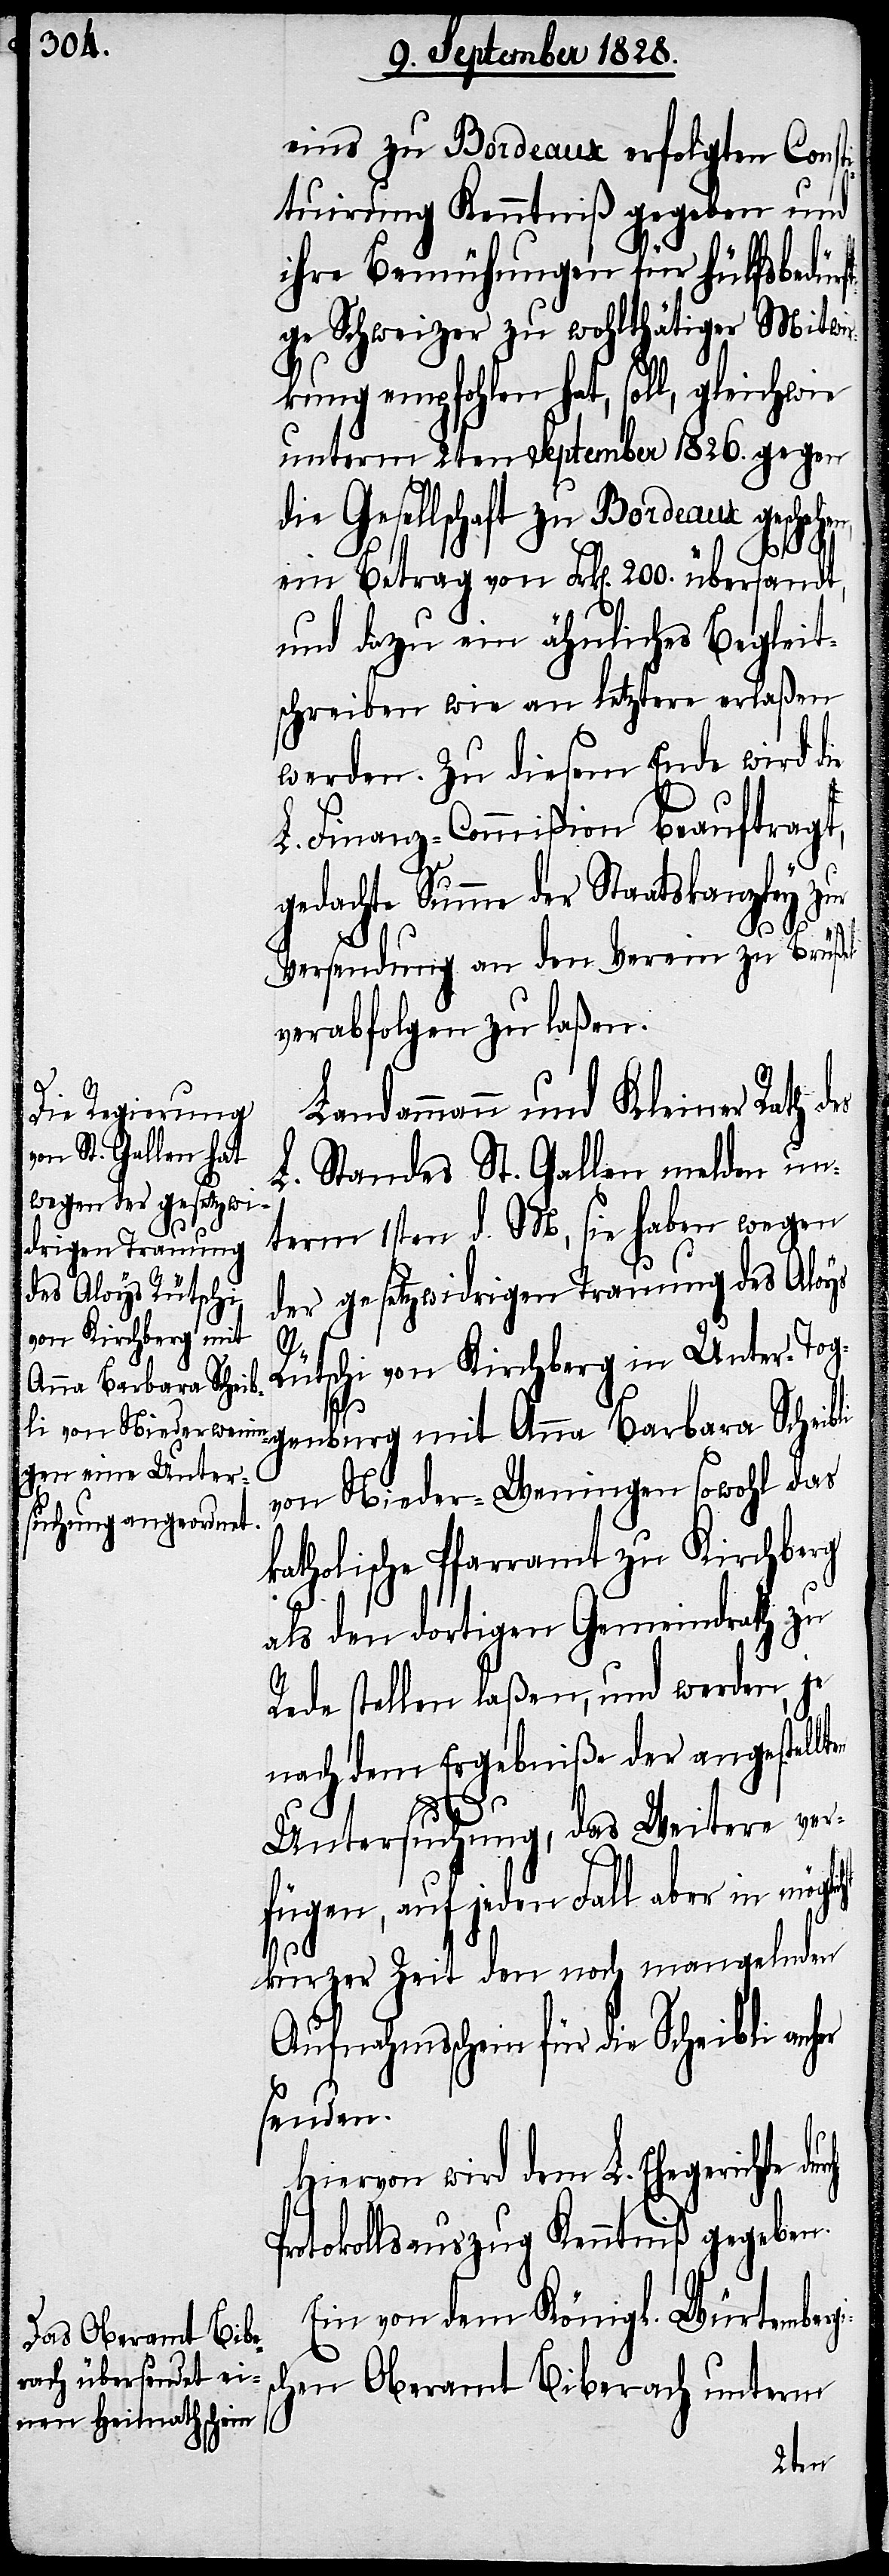
er

eins zu Bordeaux erfolgten Const¬
ituirung Kenntniß gegeben und
ihre Bemühungen für hülfsbedürf¬
tige Schweizer zu wohlthätiger Mitwi¬
rkung empfohlen hat, soll, gleichwie
unterm 2ten September 1826. gegen
die Gesellschaft zu Bordeaux geschehen,
gisc¬
ein Betrag von Frk[en]. 200. übersandt,
und dazu ein ähnliches Begleit¬
schreiben wie an letztere erlaßen
werden. Zu diesem Ende wird die
L. Finanz-Commißion beauftragt,
gedachte Summe der Staatskanzley zur
Versendung an den Verein zu Brüßel
verabfolgen zu laßen.
Landammann und Kleiner Rath d¬
L. Standes St. Gallen melden un¬
term 1sten d. M, sie haben wegen
der gesetzwidrigen Trauung des Aloys
Rütschi von Kirchberg in Unter-Tog¬
genburg mit Anna Barbara Scheibli
von Nieder-Weningen sowohl das
katholische Pfarramt zu Kirchberg
als den dortigen Gemeindrath zu
Rede stellen laßen, und werden, je
nach dem Ergebniße der angestellt¬
Untersuchung, das Weitere ver¬
fügen, auf jeden Fall aber in
kurzer Zeit den noch mangelnden
Aufnahmsschein für die Scheibli anh¬
senden.
Hiervon wird dem L. Ehegerichte
Protokollsauszug Kenntniß gegeben.
Ein von dem Königl. Würtember¬
hen Oberamt Biberach unterm
en